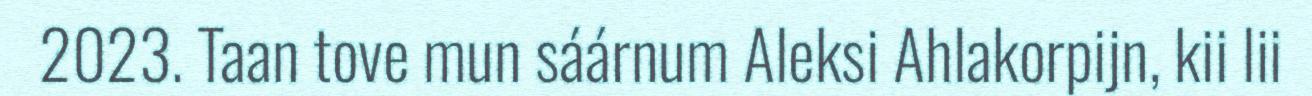
2023. Taan tove mun sáárnum Aleksi Ahlakorpijn, kii lii